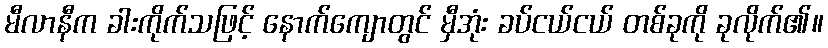
မီလာနီက ခါးကိုက်သဖြင့် နောက်ကျောတွင် မှီအုံး ခပ်ငယ်ငယ် တစ်ခုကို ခုလိုက်၏။